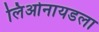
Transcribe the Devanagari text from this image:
लिओनायडला